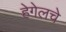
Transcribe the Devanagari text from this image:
हेगेलचे